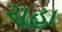
ચૂહા